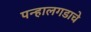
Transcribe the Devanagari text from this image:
पन्हालगडाचे